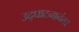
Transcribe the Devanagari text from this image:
उद्‌घाटनानंतर